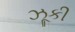
ઝૂકી